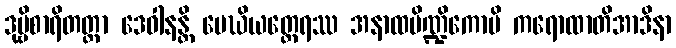
ဒုဗ္ဗိစာရိတတ္တာ ဒေဝါနန္တိ မေဃိယတ္ထေရဿ အနာထပိဏ္ဍိကောပိ ကရောထာတိအာဒိနာ